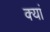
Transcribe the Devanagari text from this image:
क्यां